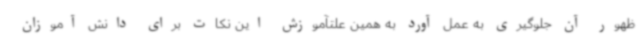
ظهور آن جلوگیری به عمل آورد به همین علتآموزش این نکات برای دانش آموزان